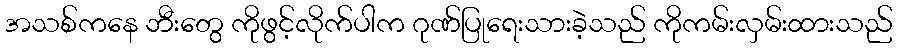
အသစ်ကနေ ဘီးတွေ ကိုဖွင့်လိုက်ပါက ဂုဏ်ပြုရေးသားခဲ့သည် ကိုကမ်းလှမ်းထားသည်